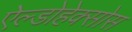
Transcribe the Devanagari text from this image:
ऐल्डोहेक्सोस